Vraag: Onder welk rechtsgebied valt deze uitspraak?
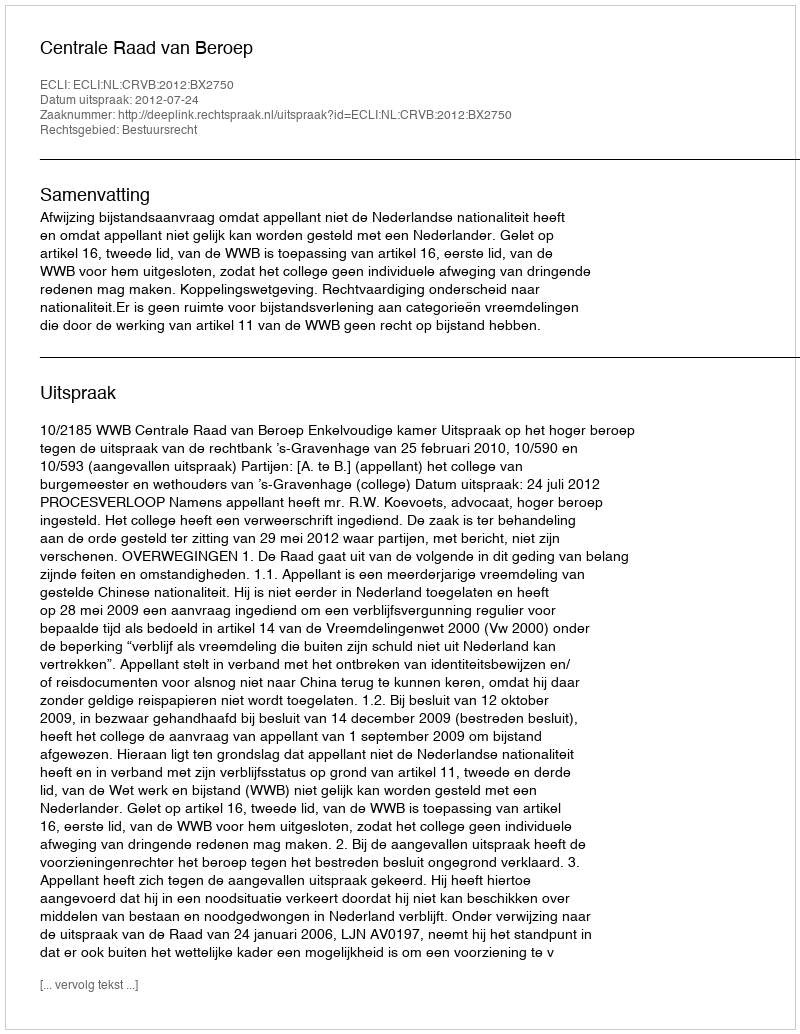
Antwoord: Bestuursrecht